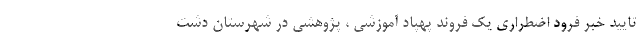
تایید خبر فرود اضطراری یک فروند پهپاد آموزشی ، پژوهشی در شهرستان دشت